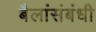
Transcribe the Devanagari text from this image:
बैलांसंबंधी